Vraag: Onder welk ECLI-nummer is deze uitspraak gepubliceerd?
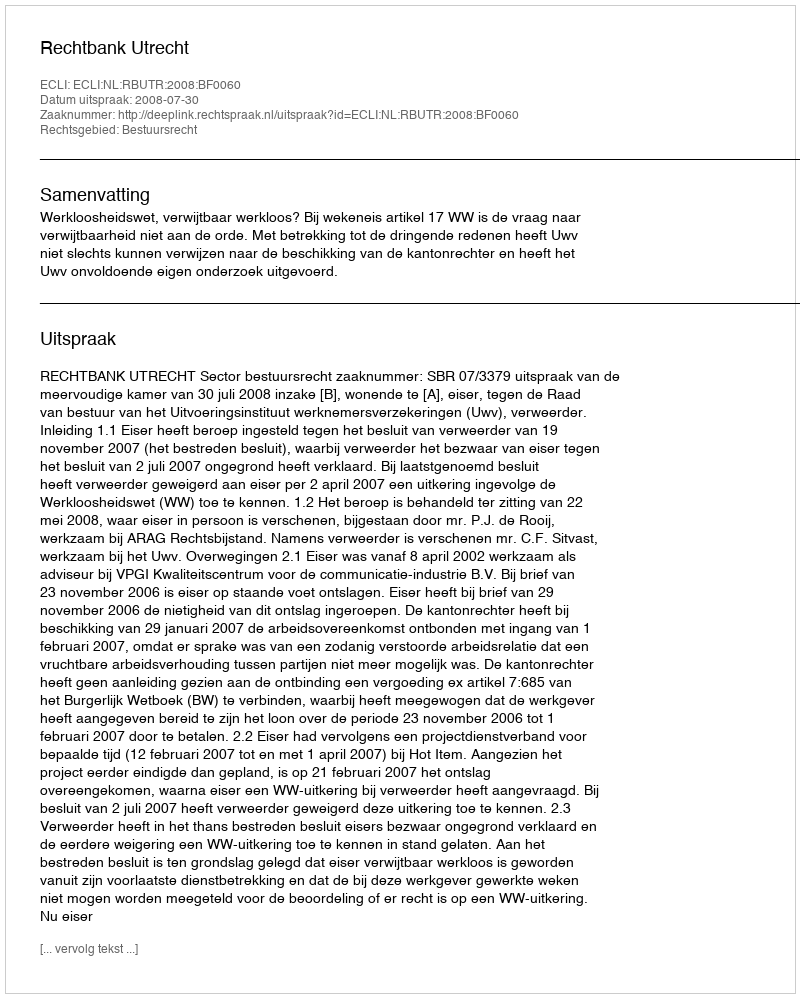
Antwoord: ECLI:NL:RBUTR:2008:BF0060